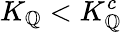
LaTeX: K_{\mathbb{Q}}<K_{\mathbb{Q}}^{c}